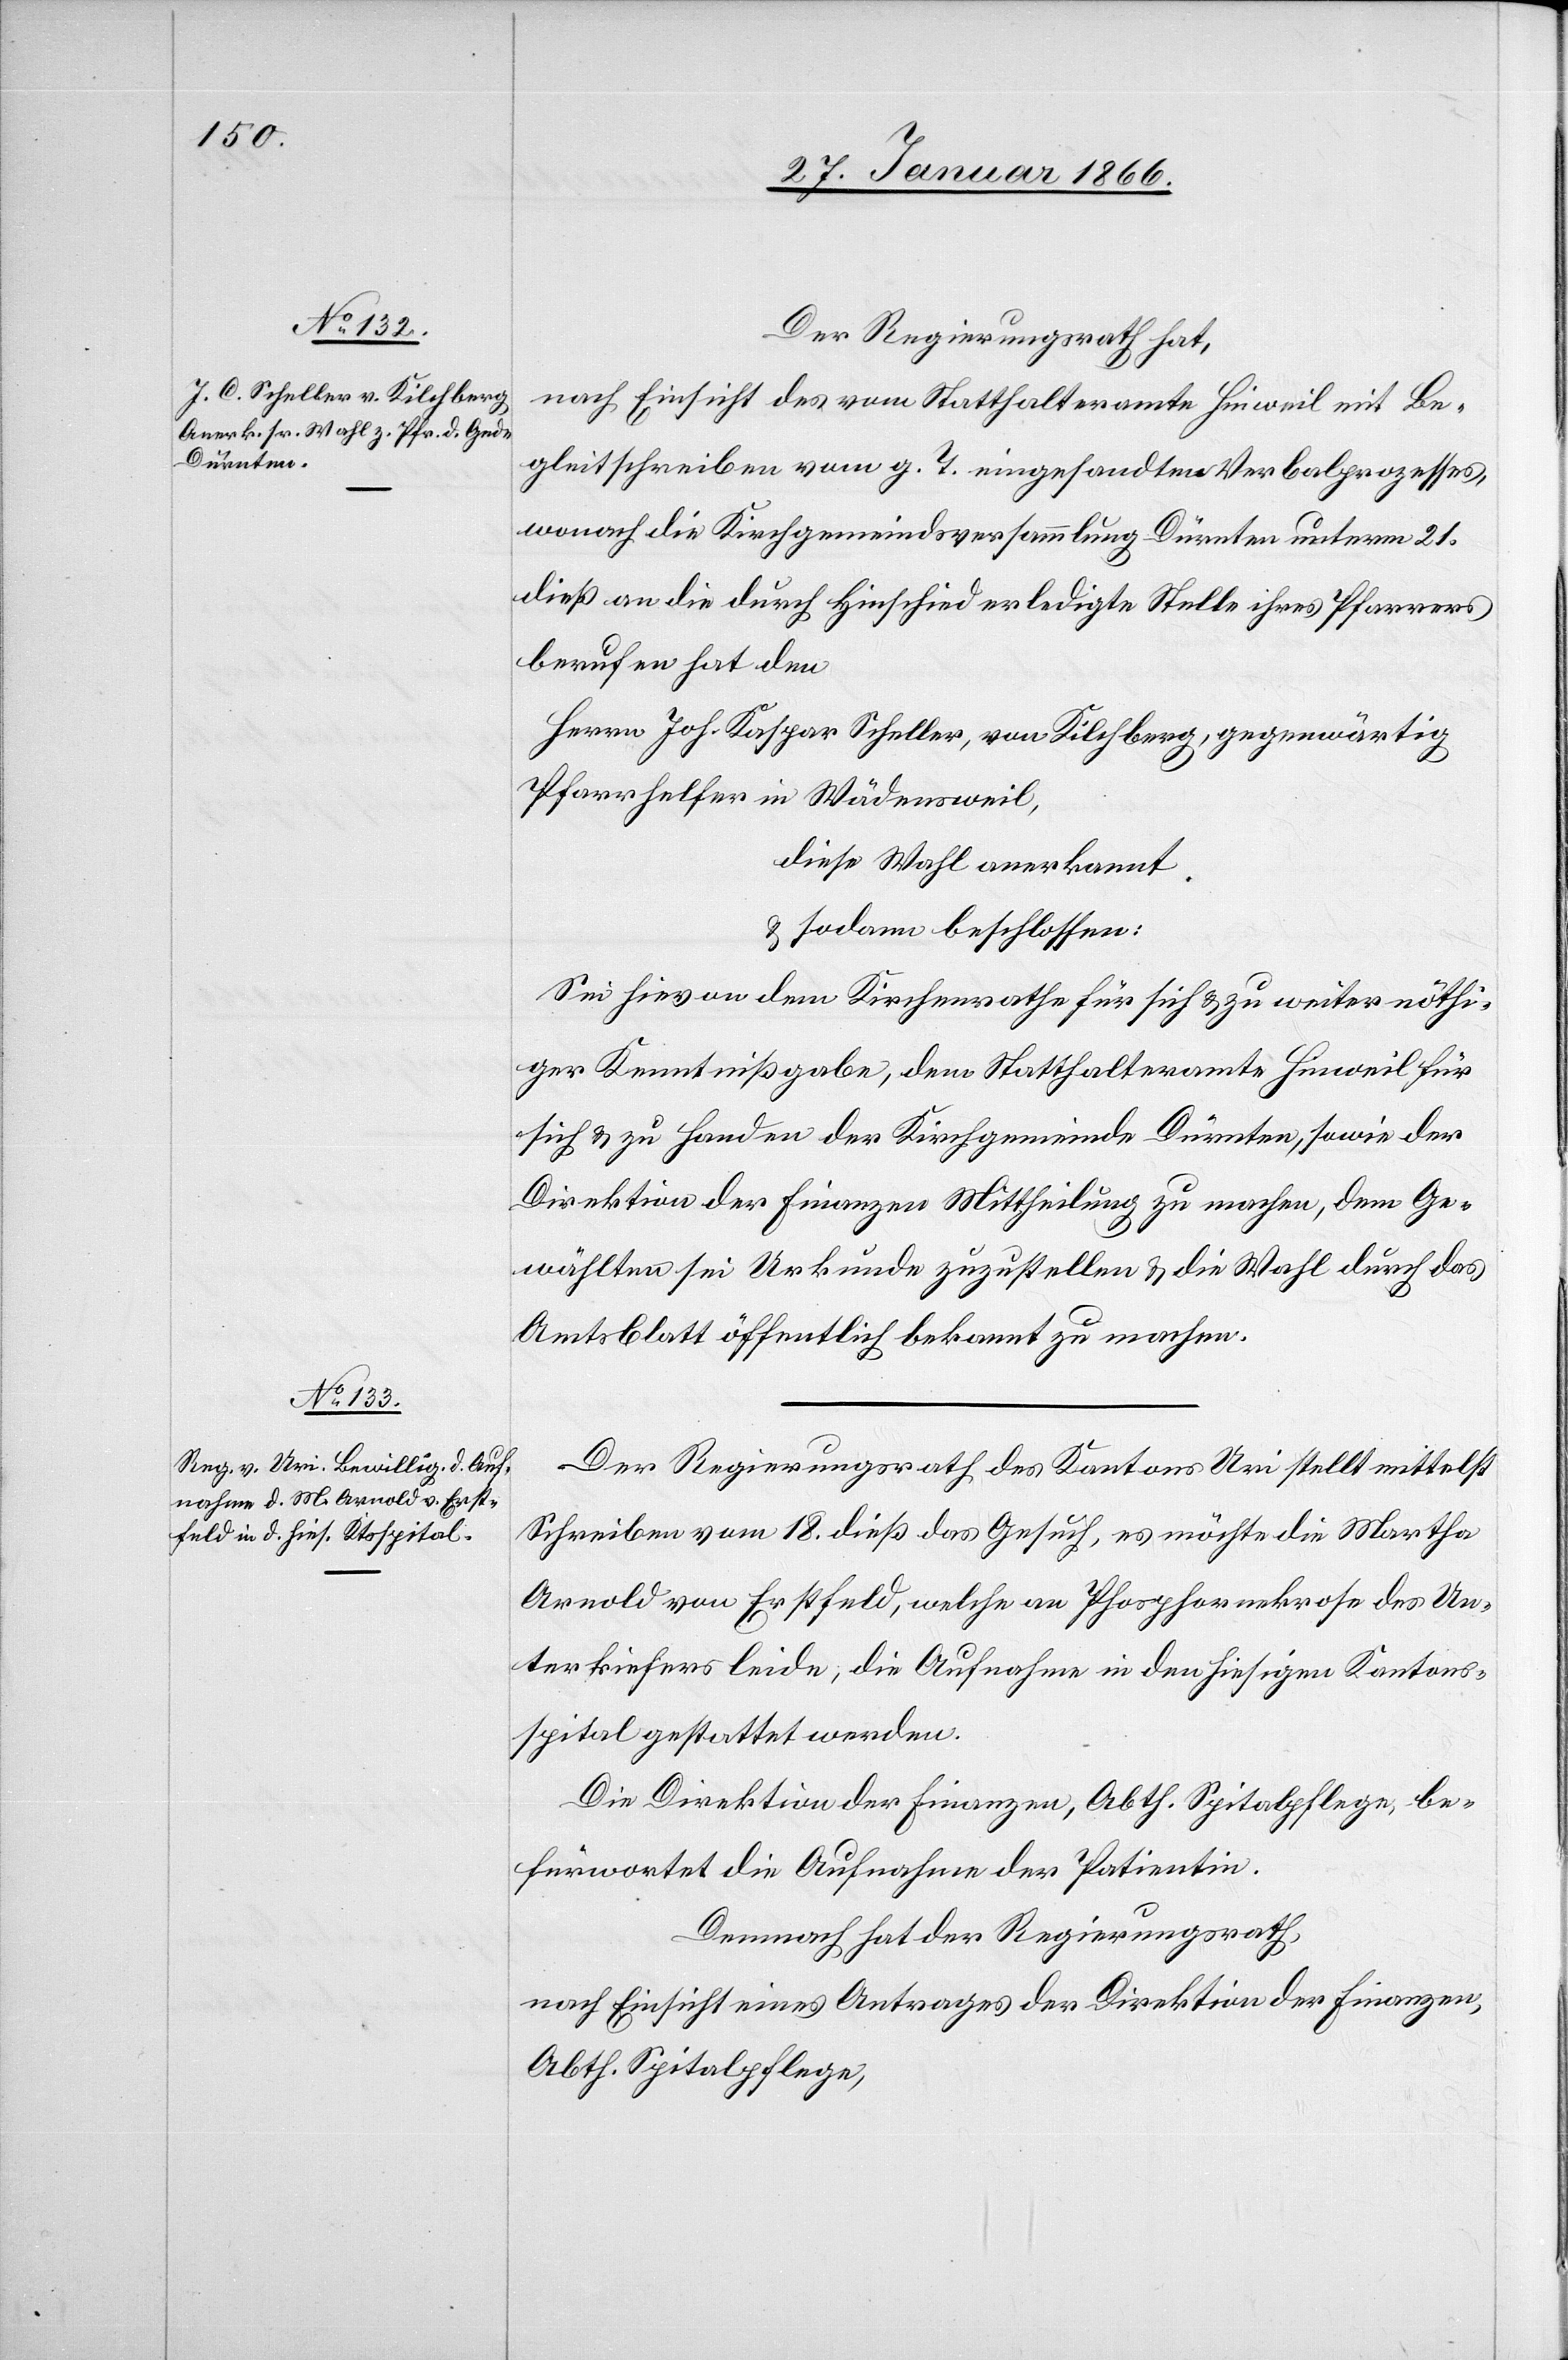
Der Regierungsrath hat,
nach Einsicht des vom Statthalteramte Hinweil mit Be¬
gleitschreiben vom g. T. eingesandten Verbalprozesses,
wonach die Kirchgemeindeversammlung Dürnten unterm 21.
dieß an die durch Hinschied erledigte Stelle ihres Pfarrers
berufen hat den
Herrn Joh. Kaspar Scheller, von Kilchberg, gegenwärtig
Pfarrhelfer in Wädensweil,
diese Wahl anerkannt.
u. sodann beschlossen:
Sei hievon dem Kirchenrathe für sich u. zu weiter nöthi¬
ger Kenntnißgabe, dem Statthalteramte Hinweil für
sich u. zu Handen der Kirchgemeinde Dürnten, sowie der
Direktion der Finanzen Mittheilung zu machen, dem Ge¬
wählten sei Urkunde zuzustellen u. die Wahl durch das
Amtsblatt öffentlich bekannt zu machen.
Der Regierungsrath des Kantons Uri stellt mittelst
Schreiben vom 18 dieß das Gesuch, es möchte die Martha
Arnold von Erstfeld, welche an Phosphornekrose des Un¬
terkiefers leide, die Aufnahme in den hiesigen Kantons¬
spital gestattet werden.
Die Direktion der Finanzen, Abth. Spitalpflege, be¬
fürwortet die Aufnahme der Patientin.
Demnach hat der Regierungsrath,
nach Einsicht eines Antrages der Direktion der Finanzen,
Abth. Spitalpflege,